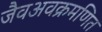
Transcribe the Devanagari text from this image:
जैवअवक्रमणित